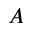
A